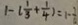
1 - ( \frac { 1 } { 3 } + \frac { 1 } { 4 } ) = 1 \cdots